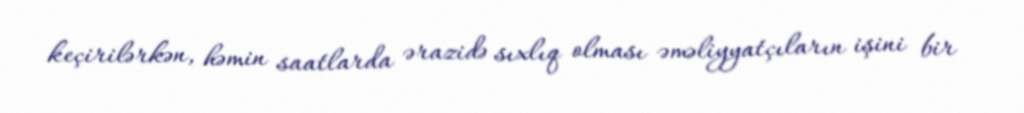
keçirilərkən, həmin saatlarda ərazidə sıxlıq olması əməliyyatçıların işini bir